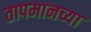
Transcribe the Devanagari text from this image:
तापमानच्या